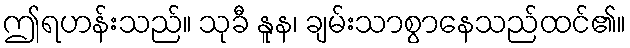
ဤရဟန်းသည်။ သုခီ နူန၊ ချမ်းသာစွာနေသည်ထင်၏။